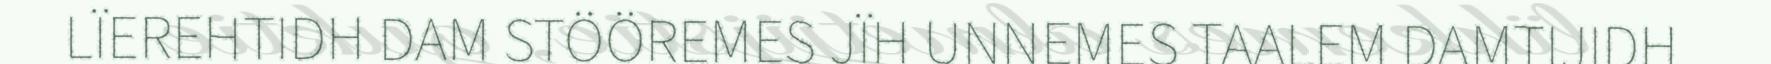
LÏEREHTIDH DAM STÖÖREMES JÏH UNNEMES TAALEM DAMTIJIDH